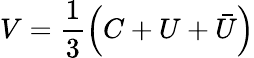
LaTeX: V=\frac{1}{3}\left(C+U+\bar{U}\right)